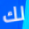
لك